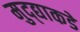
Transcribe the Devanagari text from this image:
मुद्द्याकडे